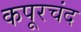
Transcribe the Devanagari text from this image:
कपूरचंद